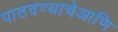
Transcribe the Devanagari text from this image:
पाठवण्याचेआणि